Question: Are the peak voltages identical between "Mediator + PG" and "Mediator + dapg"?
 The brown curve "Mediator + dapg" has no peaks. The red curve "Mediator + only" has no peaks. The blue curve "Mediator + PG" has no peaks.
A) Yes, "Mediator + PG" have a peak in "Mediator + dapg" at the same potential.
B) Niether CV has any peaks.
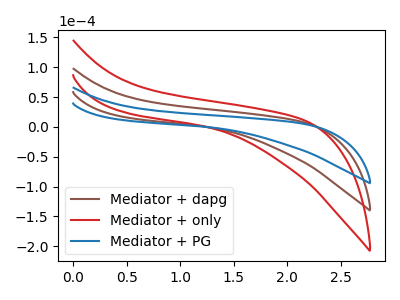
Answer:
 <answer>B) Niether CV has any peaks.</answer>
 <eval>B</eval>